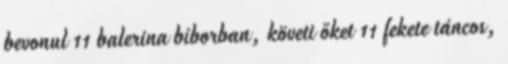
bevonul 11 balerina bíborban, követi őket 11 fekete táncos,